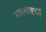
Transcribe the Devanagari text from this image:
मारवाङ्ी